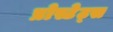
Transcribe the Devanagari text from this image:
प्रोस्टेट्स